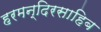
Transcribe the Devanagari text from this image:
हरमन्दिरसाहिब